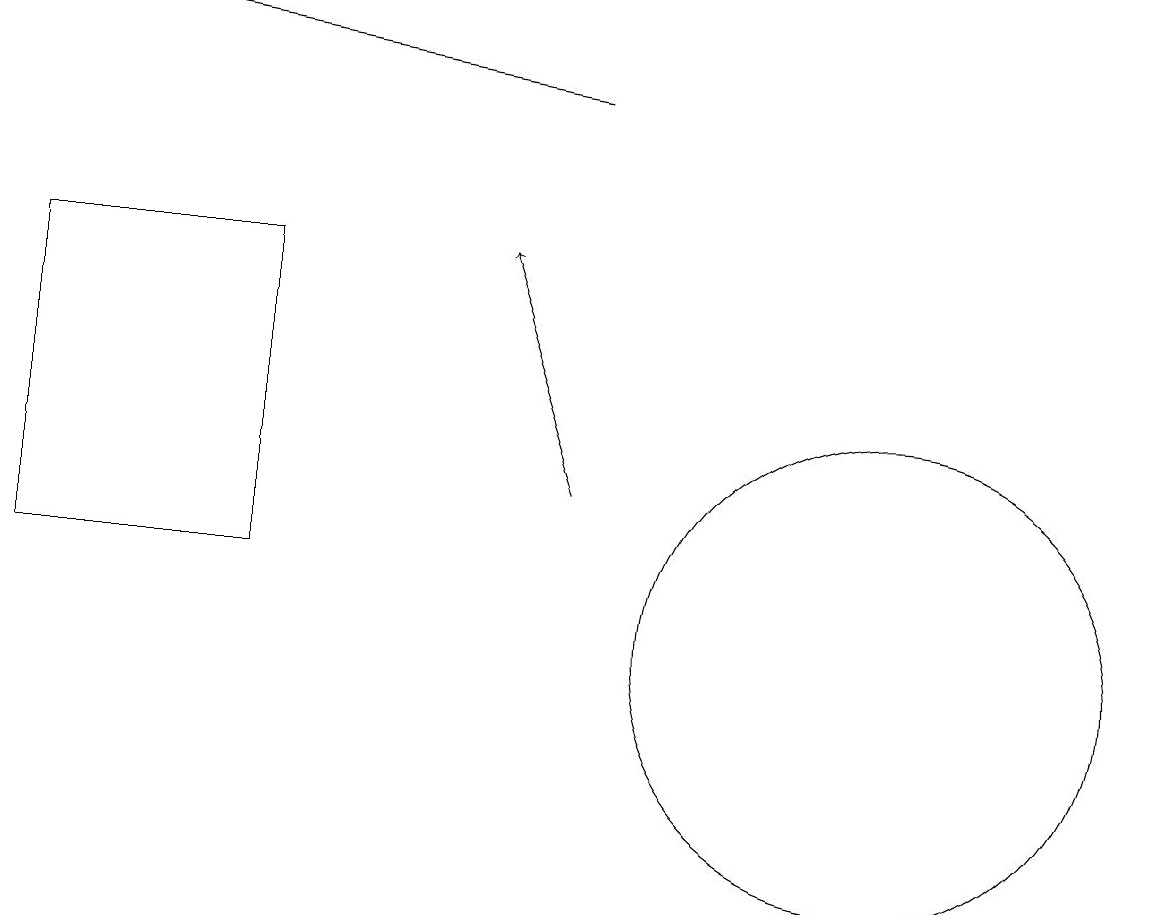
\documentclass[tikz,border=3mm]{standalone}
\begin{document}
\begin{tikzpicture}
\draw (0,12) rectangle (3,16);
\draw (11,11) circle (3);
\draw[->] (7,13) -- (6,16);
\draw[->] (7,18) -- (1,19);
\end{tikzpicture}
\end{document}